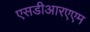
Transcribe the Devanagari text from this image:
एसडीआरएएम